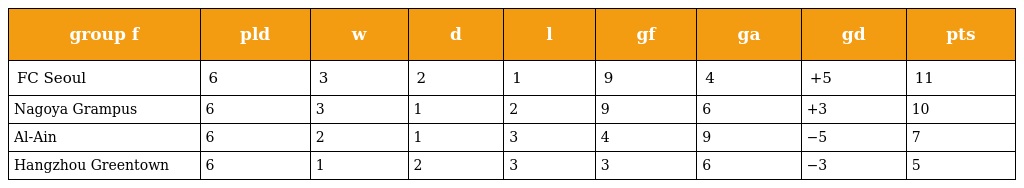
| group f | pld | w | d | l | gf | ga | gd | pts |
 | --- | --- | --- | --- | --- | --- | --- | --- | --- |
 | FC Seoul | 6 | 3 | 2 | 1 | 9 | 4 | +5 | 11 |
 | Nagoya Grampus | 6 | 3 | 1 | 2 | 9 | 6 | +3 | 10 |
 | Al-Ain | 6 | 2 | 1 | 3 | 4 | 9 | −5 | 7 |
 | Hangzhou Greentown | 6 | 1 | 2 | 3 | 3 | 6 | −3 | 5 |